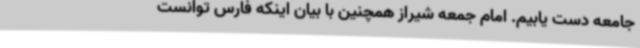
جامعه دست یابیم. امام جمعه شیراز همچنین با بیان اینکه فارس توانست